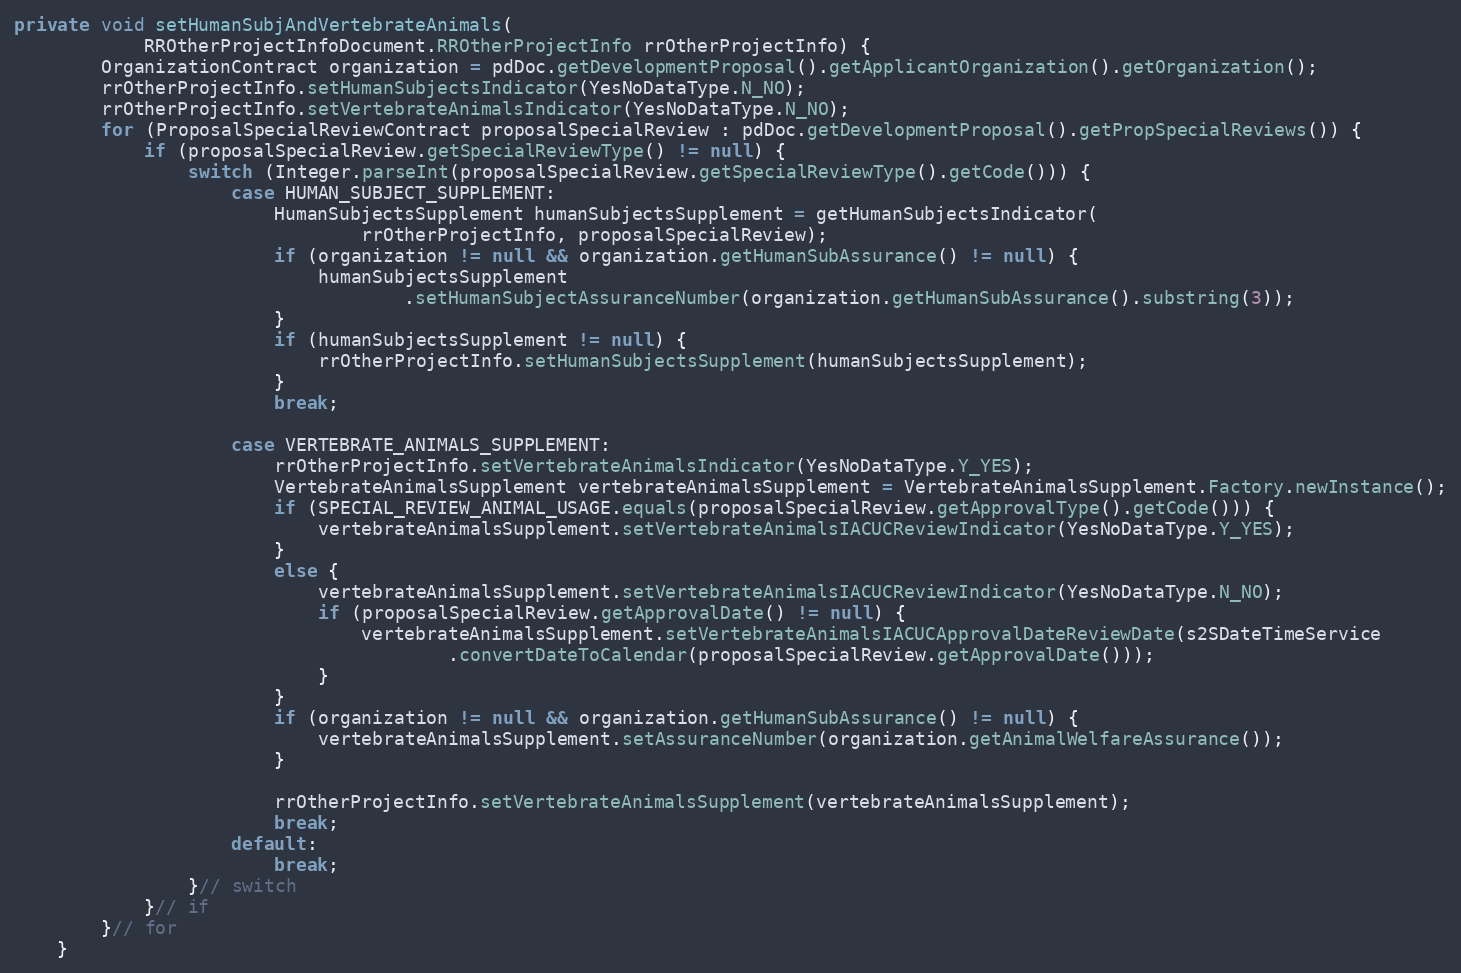
Language: Java
private void setHumanSubjAndVertebrateAnimals(
			RROtherProjectInfoDocument.RROtherProjectInfo rrOtherProjectInfo) {
		OrganizationContract organization = pdDoc.getDevelopmentProposal().getApplicantOrganization().getOrganization();
        rrOtherProjectInfo.setHumanSubjectsIndicator(YesNoDataType.N_NO);
        rrOtherProjectInfo.setVertebrateAnimalsIndicator(YesNoDataType.N_NO);
        for (ProposalSpecialReviewContract proposalSpecialReview : pdDoc.getDevelopmentProposal().getPropSpecialReviews()) {
            if (proposalSpecialReview.getSpecialReviewType() != null) {
                switch (Integer.parseInt(proposalSpecialReview.getSpecialReviewType().getCode())) {
                    case HUMAN_SUBJECT_SUPPLEMENT:
                        HumanSubjectsSupplement humanSubjectsSupplement = getHumanSubjectsIndicator(
								rrOtherProjectInfo, proposalSpecialReview);
                        if (organization != null && organization.getHumanSubAssurance() != null) {
                            humanSubjectsSupplement
                                    .setHumanSubjectAssuranceNumber(organization.getHumanSubAssurance().substring(3));
                        }
                        if (humanSubjectsSupplement != null) {
                            rrOtherProjectInfo.setHumanSubjectsSupplement(humanSubjectsSupplement);
                        }
                        break;

                    case VERTEBRATE_ANIMALS_SUPPLEMENT:
                        rrOtherProjectInfo.setVertebrateAnimalsIndicator(YesNoDataType.Y_YES);
                        VertebrateAnimalsSupplement vertebrateAnimalsSupplement = VertebrateAnimalsSupplement.Factory.newInstance();
                        if (SPECIAL_REVIEW_ANIMAL_USAGE.equals(proposalSpecialReview.getApprovalType().getCode())) {
                            vertebrateAnimalsSupplement.setVertebrateAnimalsIACUCReviewIndicator(YesNoDataType.Y_YES);
                        }
                        else {
                            vertebrateAnimalsSupplement.setVertebrateAnimalsIACUCReviewIndicator(YesNoDataType.N_NO);
                            if (proposalSpecialReview.getApprovalDate() != null) {
                                vertebrateAnimalsSupplement.setVertebrateAnimalsIACUCApprovalDateReviewDate(s2SDateTimeService
                                        .convertDateToCalendar(proposalSpecialReview.getApprovalDate()));
                            }
                        }
                        if (organization != null && organization.getHumanSubAssurance() != null) {
                            vertebrateAnimalsSupplement.setAssuranceNumber(organization.getAnimalWelfareAssurance());
                        }

                        rrOtherProjectInfo.setVertebrateAnimalsSupplement(vertebrateAnimalsSupplement);
                        break;
                    default:
                        break;
                }// switch
            }// if
        }// for
	}